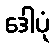
ဒေါပုံ